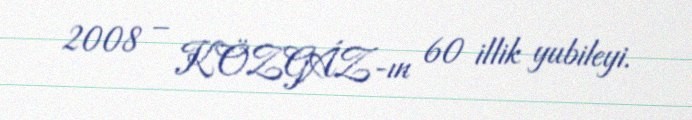
2008 – KÖZGÁZ-ın 60 illik yubileyi.